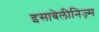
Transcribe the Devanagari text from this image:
इसाबेलीनिज़्म